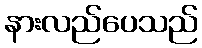
နားလည်ပေသည်